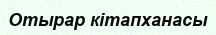
Отырар кітапханасы